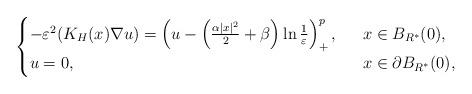
LaTeX: \begin{align*}\begin{cases}-\varepsilon^2(K_H(x)\nabla u)= \left(u-\left( \frac{\alpha|x|^2}{2}+\beta\right)\ln\frac{1}{\varepsilon}\right)^{p}_+,\ \ &x\in B_{R^*}(0),\\u=0,\ \ &x\in\partial B_{R^*}(0),\end{cases}\end{align*}